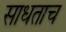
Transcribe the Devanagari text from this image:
साधताच